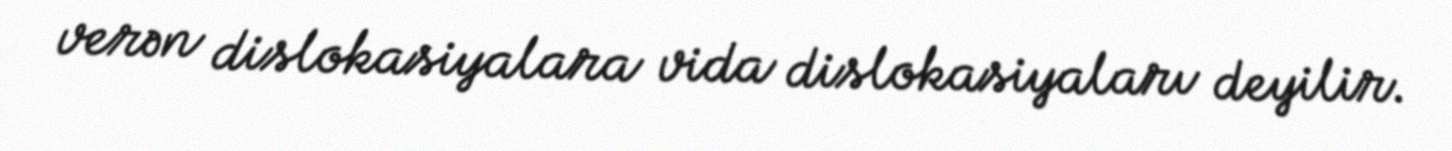
verən dislokasiyalara vida dislokasiyaları deyilir.